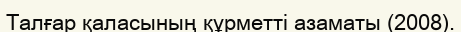
Талғар қаласының құрметті азаматы (2008).